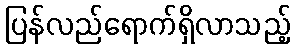
ပြန်လည်ရောက်ရှိလာသည့်